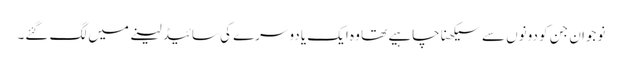
نوجوان جن کو دونوں سے سیکھنا چاہیے تھا وہ ایک یا دوسرے کی سائیڈ لینے میں لگ گئے۔